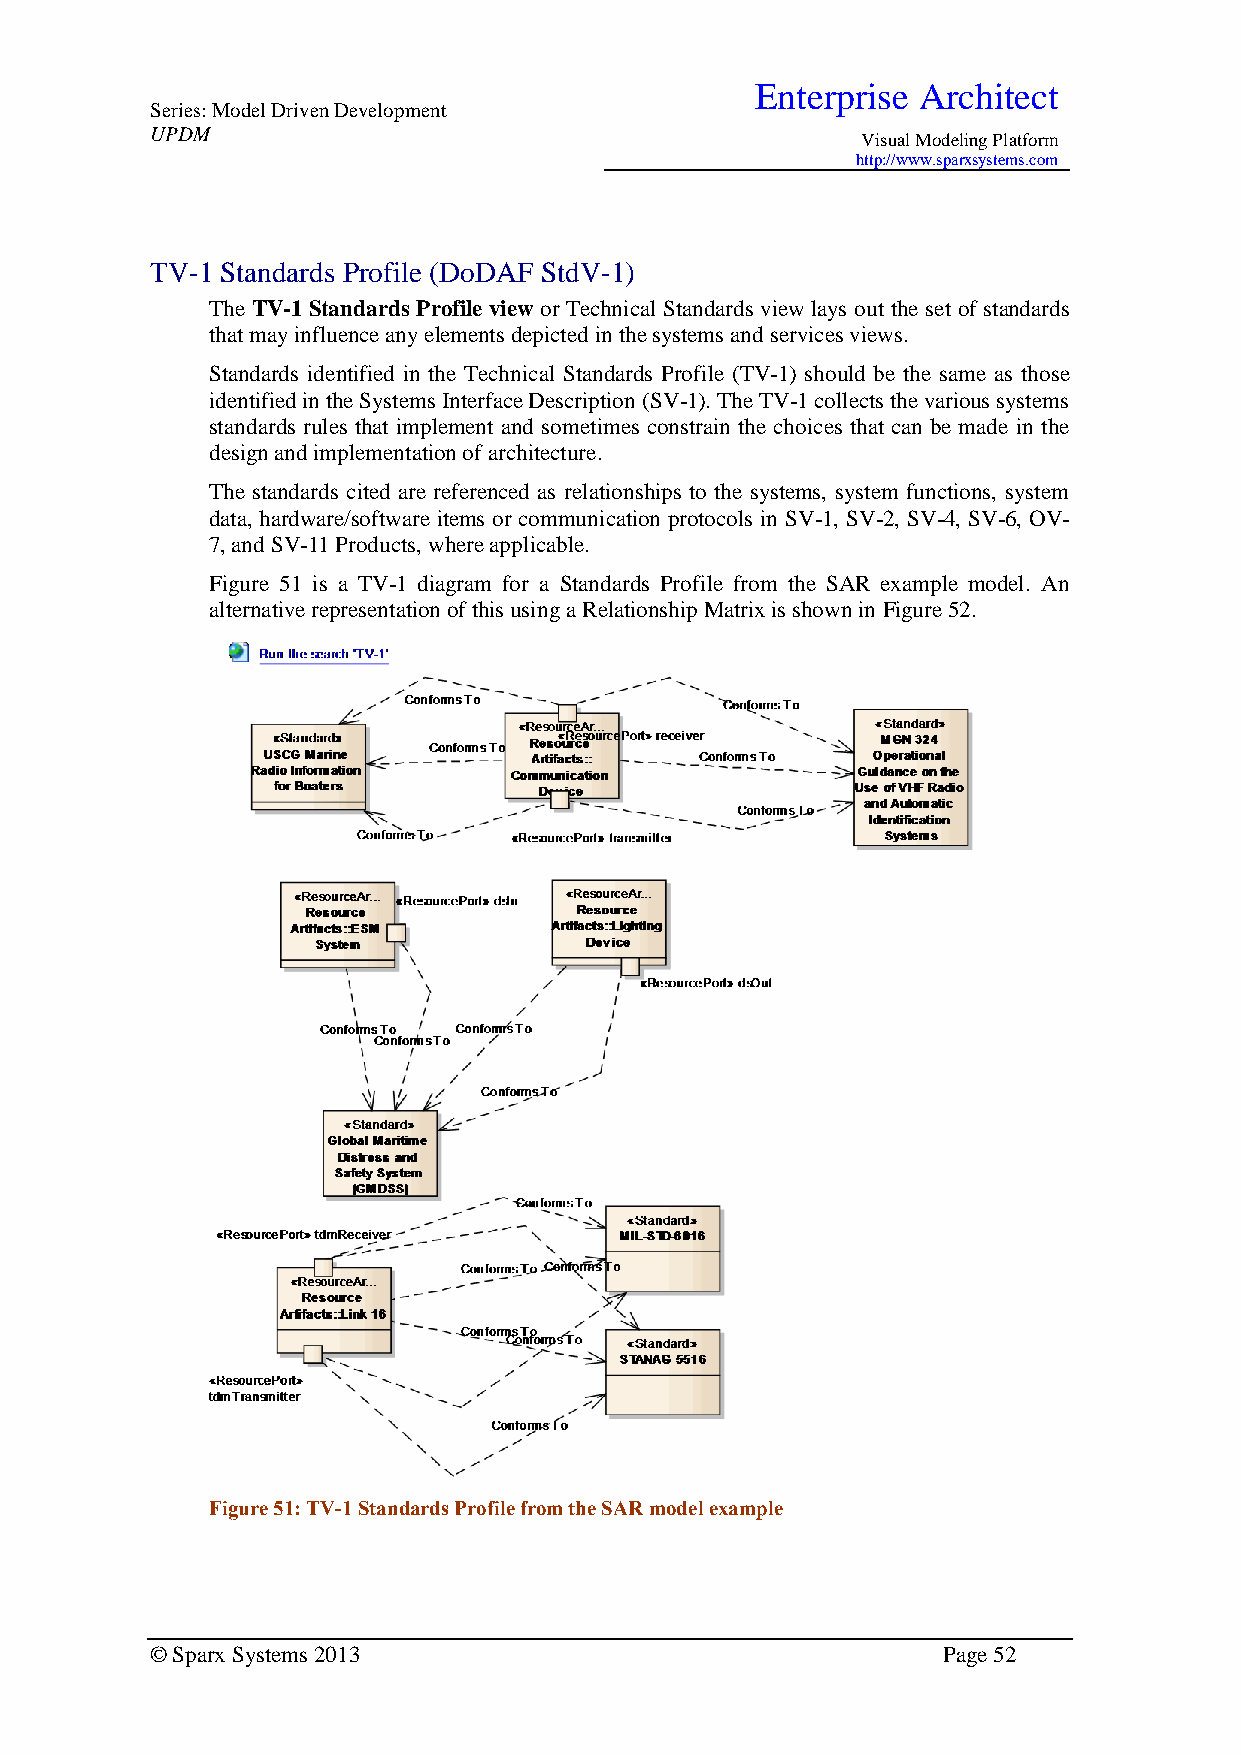
Enterprise Architect
 Series: Model Driven Development
 UPDM
 Visual Modeling Platform
 http://www.sparxsystems.com
 TV-1 Standards Profile (DoDAF StdV-1)
 The TV-1 Standards Profile view or Technical Standards view lays out the set of standards
 that may influence any elements depicted in the systems and services views.
 Standards identified in the Technical Standards Profile (TV-1) should be the same as those
 identified in the Systems Interface Description (SV-1). The TV-1 collects the various systems
 standards rules that implement and sometimes constrain the choices that can be made in the
 design and implementation of architecture.
 The standards cited are referenced as relationships to the systems, system functions, system
 data, hardware/software items or communication protocols in SV-1, SV-2, SV-4, SV-6, OV-
 7, and SV-11 Products, where applicable.
 Figure 51 is a TV-1 diagram for a Standards Profile from the SAR example model. An
 alternative representation of this using a Relationship Matrix is shown in Figure 52.
 Figure 51: TV-1 Standards Profile from the SAR model example
 © Sparx Systems 2013                                Page 52